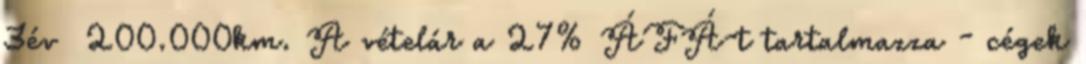
3év 200.000km. A vételár a 27% ÁFÁ-t tartalmazza - cégek